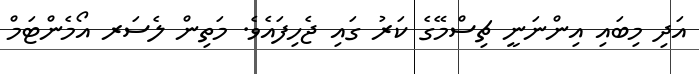
އަދި މިބައި އިންނަނީ ޗިސްމޭގެ ކަރު ގައި ޖެހިފައެވެ. މަތިން ލެސަރ އޯމެންޓަމް